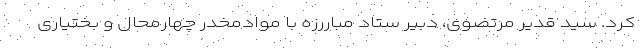
کرد. سید قدیر مرتضوی، دبیر ستاد مباررزه با موادمخدر چهارمحال و بختیاری